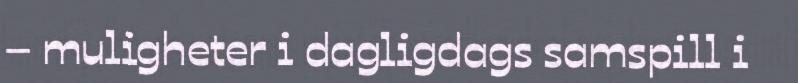
– muligheter i dagligdags samspill i